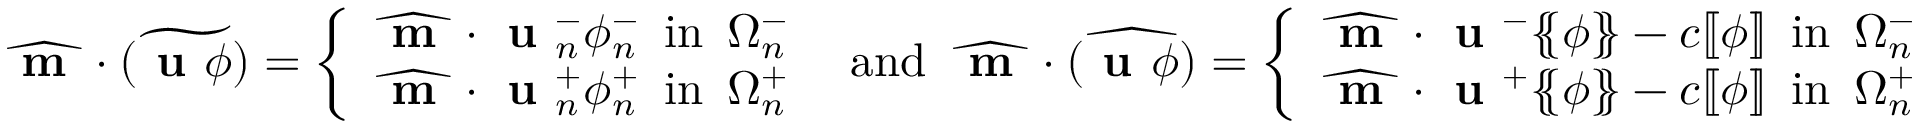
\widehat { \textbf { m } } \cdot \widetilde { ( \textbf { u } \phi ) } = \left\{ \begin{array} { l l } { \widehat { \textbf { m } } \cdot \textbf { u } _ { n } ^ { - } \phi _ { n } ^ { - } \enspace \mathrm { i n } \enspace \Omega _ { n } ^ { - } } \\ { \widehat { \textbf { m } } \cdot \textbf { u } _ { n } ^ { + } \phi _ { n } ^ { + } \enspace \mathrm { i n } \enspace \Omega _ { n } ^ { + } } \end{array} \right. \enspace \mathrm { a n d } \enspace \widehat { \textbf { m } } \cdot \widehat { ( \textbf { u } \phi ) } = \left\{ \begin{array} { l l } { \widehat { \textbf { m } } \cdot \textbf { u } ^ { - } \{ \! \! \{ \phi \} \! \! \} - c [ \! [ \phi ] \! ] \enspace \mathrm { i n } \enspace \Omega _ { n } ^ { - } } \\ { \widehat { \textbf { m } } \cdot \textbf { u } ^ { + } \{ \! \! \{ \phi \} \! \! \} - c [ \! [ \phi ] \! ] \enspace \mathrm { i n } \enspace \Omega _ { n } ^ { + } } \end{array} \right.